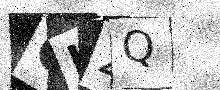
Text: CLZQ